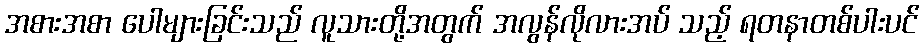
အစားအစာ ပေါများခြင်းသည် လူသားတို့အတွက် အလွန်လိုလားအပ် သည့် ရတနာတစ်ပါးပင်